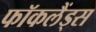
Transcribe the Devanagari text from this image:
फॉकलैंड्स